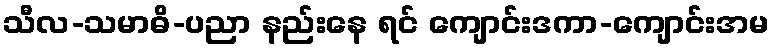
သီလ-သမာဓိ-ပညာ နည်းနေ ရင် ကျောင်းဒကာ-ကျောင်းအမ